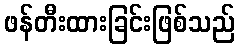
ဖန်တီးထားခြင်းဖြစ်သည်